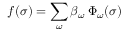
f ( \sigma ) = \sum _ { \omega } \beta _ { \omega } \: \Phi _ { \omega } ( \sigma )